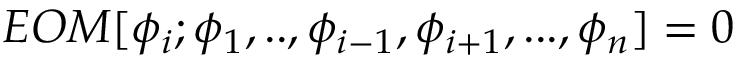
E O M [ \phi _ { i } ; \phi _ { 1 } , . . , \phi _ { i - 1 } , \phi _ { i + 1 } , . . . , \phi _ { n } ] = 0